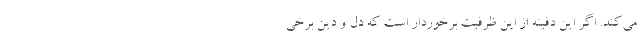
می‌کند. اگر این دفینه از این ظرفیت برخوردار است که دل و دین برخی